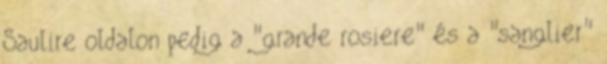
Saulire oldalon pedig a "grande rosiere" és a "sanglier"